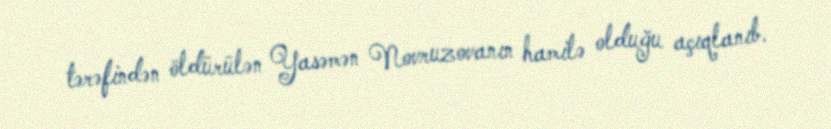
tərəfindən öldürülən Yasəmən Novruzovanın hamilə olduğu açıqlanıb.